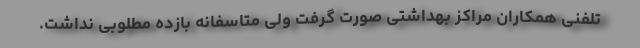
تلفنی همکاران مراکز بهداشتی صورت گرفت ولی متاسفانه بازده مطلوبی نداشت.